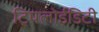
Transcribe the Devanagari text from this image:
ट्रिपलोईडिटी